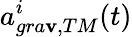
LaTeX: a_{gra\mathbf{v},TM}^{i}(t)